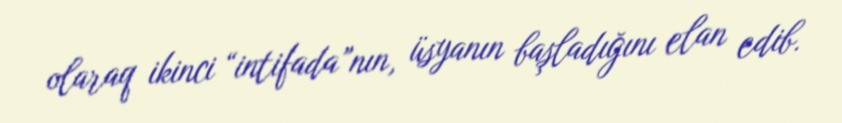
olaraq ikinci “intifada”nın, üsyanın başladığını elan edib.